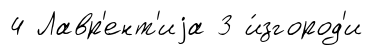
4 Лавр'ент'иjа 3 и́згород'и